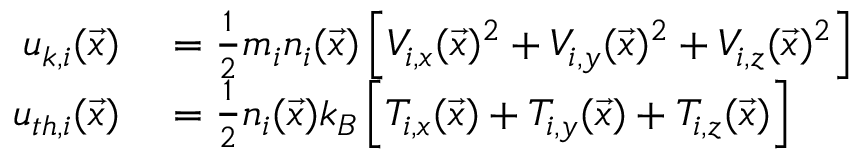
\begin{array} { r l } { u _ { k , i } ( \vec { x } ) } & { { } = \frac { 1 } { 2 } m _ { i } n _ { i } ( \vec { x } ) \left[ V _ { i , x } ( \vec { x } ) ^ { 2 } + V _ { i , y } ( \vec { x } ) ^ { 2 } + V _ { i , z } ( \vec { x } ) ^ { 2 } \right] } \\ { u _ { t h , i } ( \vec { x } ) } & { { } = \frac { 1 } { 2 } n _ { i } ( \vec { x } ) k _ { B } \left[ T _ { i , x } ( \vec { x } ) + T _ { i , y } ( \vec { x } ) + T _ { i , z } ( \vec { x } ) \right] } \end{array}